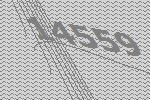
14559